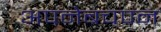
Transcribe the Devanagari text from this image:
अपनेबचपन